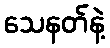
သေနတ်နဲ့